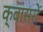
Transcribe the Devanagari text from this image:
क्वासरों